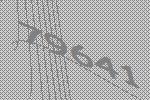
79641